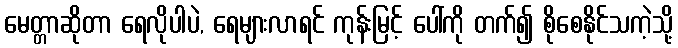
မေတ္တာဆိုတာ ရေလိုပါပဲ, ရေများလာရင် ကုန်းမြင့် ပေါ်ကို တက်၍ စိုစေနိုင်သကဲ့သို့